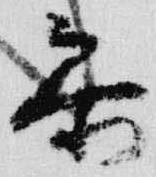
参